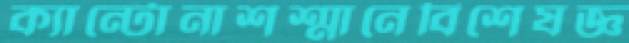
ক্যান্টোনাশশ্মানেবিশেষজ্ঞ